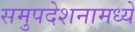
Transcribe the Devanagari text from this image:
समुपदेशनामध्ये